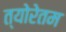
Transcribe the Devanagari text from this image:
त्योरेतम